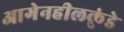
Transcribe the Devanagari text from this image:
आगेनहीलकुंडे